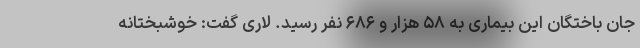
جان باختگان این بیماری به ۵۸ هزار و ۶۸۶ نفر رسید. لاری گفت: خوشبختانه